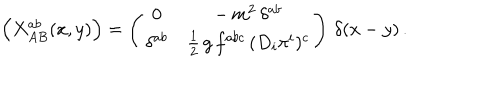
\Bigl ( X _ { A B } ^ { a b } ( x , y ) \Bigr ) = \left( \begin{array} { c c } { { 0 } } & { { - \, m ^ { 2 } \, \delta ^ { a b } } } \\ { { \delta ^ { a b } } } & { { \frac { 1 } { 2 } \, g \, f ^ { a b c } \, ( D _ { i } \pi ^ { i } ) ^ { c } } } \\ \end{array} \right) \, \delta ( x - y ) \, .